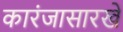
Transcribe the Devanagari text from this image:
कारंजासारखे